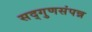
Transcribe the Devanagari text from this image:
सद्‌गुणसंपन्न